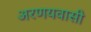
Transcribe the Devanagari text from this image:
अरणयवासी